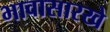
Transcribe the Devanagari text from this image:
भावासारखे